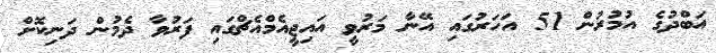
އަބްދުގެ އުމުރުން 51 އަހަރުގައި އޭނާ މަރުވީ އައިޖީއެމްއެޗްގައި ފަރުވާ ދެމުން ދަނިކޮށް